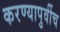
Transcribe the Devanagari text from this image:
करण्यापुर्वीच